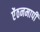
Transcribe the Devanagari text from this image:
ऐंठनमापी